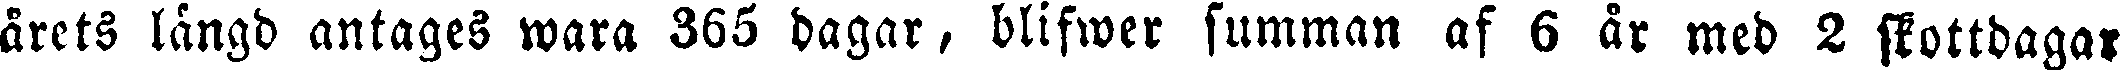
årets längd antages wara 365 dagar, blifwer summan af 6 år med 2 skottdagar